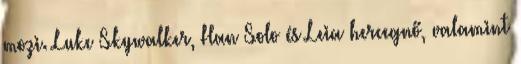
mozi. Luke Skywalker, Han Solo és Leia hercegnő, valamint